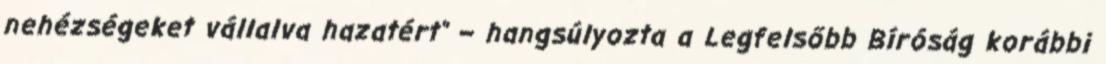
nehézségeket vállalva hazatért” – hangsúlyozta a Legfelsőbb Bíróság korábbi